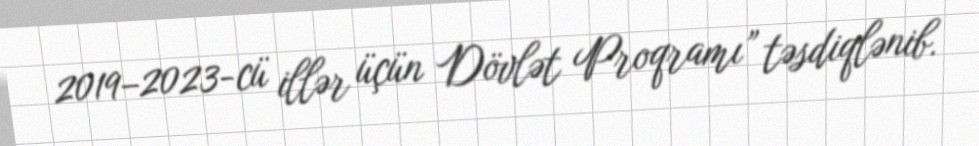
2019–2023-cü illər üçün Dövlət Proqramı” təsdiqlənib.